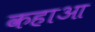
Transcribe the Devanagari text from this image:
कहाआ